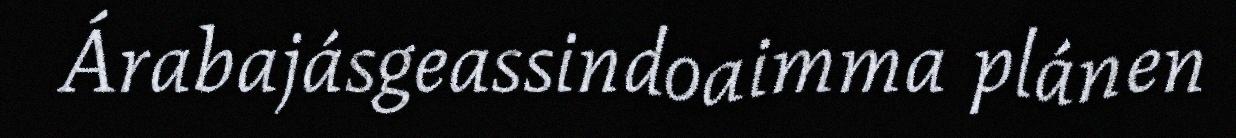
Árabajásgeassindoaimma plánen